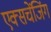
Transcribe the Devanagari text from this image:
एक्सचेंजिंग